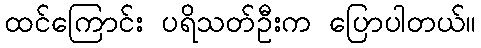
ထင်ကြောင်း ပရိသတ်ဦးက ပြောပါတယ်။